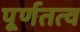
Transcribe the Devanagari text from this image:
पूर्णतत्व